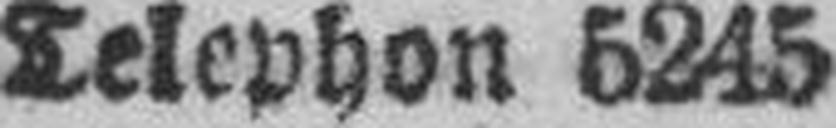
Telephon 5245